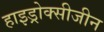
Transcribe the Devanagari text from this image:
हाइड्रोक्सीजीन